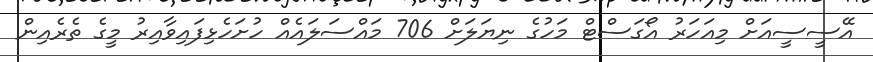
އޭސީސީއަށް މިއަހަރު އޯގަސްޓް މަހުގެ ނިޔަލަށް 706 މައްސަލައެއް ހުށަހެޅިފައިވާއިރު މީގެ ތެރެއިން